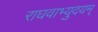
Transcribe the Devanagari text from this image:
राघवाभ्युदयम्